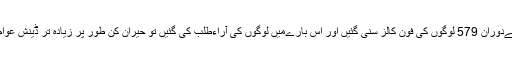
29 جنوری کو ڈنمارک کےریڈیو براڈکاسٹنگ کےدوران 579 لوگوں کی فون کالز سنی گئیں اور اس بارےمیں لوگوں کی آراءطلب کی گئیں تو حیران کن طور پر زیادہ تر ڈینش عوام نےاپنےمتعصب اور ہٹ دھرم ہونےکا ثبوت دیا۔